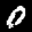
Label: 0